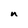
Character: n